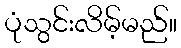
ပုံသွင်းလိမ့်မည်။